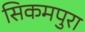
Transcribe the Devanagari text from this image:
सिकमपुरा